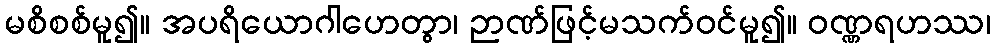
မစိစစ်မူ၍။ အပရိယောဂါဟေတွာ၊ ဉာဏ်ဖြင့်မသက်ဝင်မူ၍။ ဝဏ္ဏရဟဿ၊